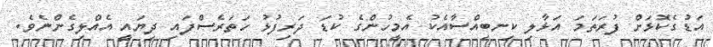
އަޑުގެކޮޅަށް ފުރަތަމަ އަޅާލި ކިނބިއްސާއެކު އެމީހުންގެ ކުޑަ ދަރިފުޅު ހަތަރެސްފައި ދިޔައީ އެއްލިގެންނެވެ.